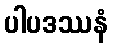
ပါပဒဿနံ